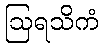
ဩရသိကံ